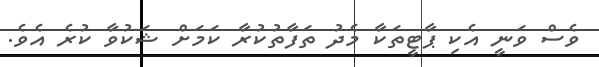
ވެސް ވަނީ އެކި ޕާޓީތަކާ މެދު ތަފާތުކުރާ ކަމަށް ޝަކުވާ ކުރެ އެވެ.